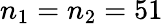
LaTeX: n_{1}=n_{2}=51